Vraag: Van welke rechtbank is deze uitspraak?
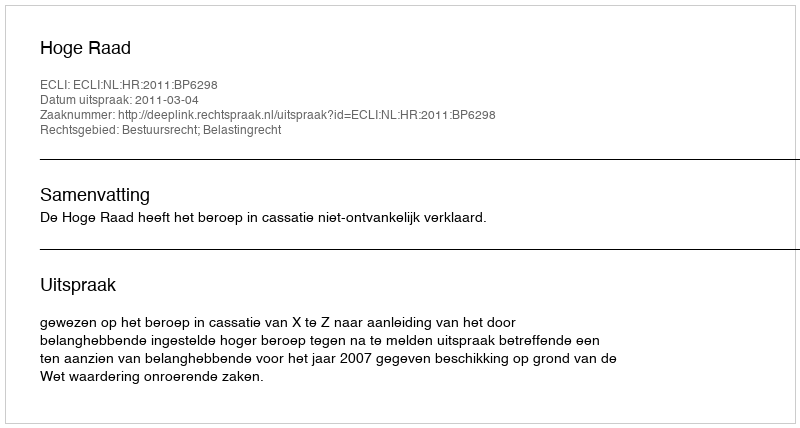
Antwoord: Hoge Raad